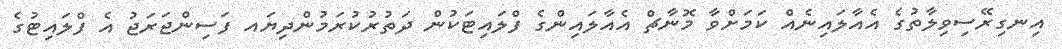
އިނގިރޭސިވިލާތުގެ އެއާލައިނެއް ކަމަށްވާ މޮނާޗް އެއާލައިންގެ ފްލައިޓަކުން ދަތުރުކުރަމުންދިޔައ ފަސިންޖަރަޖު އެ ފްލައިޓުގެ